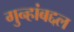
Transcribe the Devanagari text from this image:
गुन्हांबद्दल